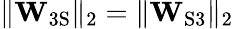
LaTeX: \lVert\mathbf{W}_{\mathrm{3S}}\rVert_{2}=\lVert\mathbf{W}_{\mathrm{S3}}\rVert_{2}